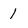
Character: 1